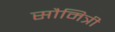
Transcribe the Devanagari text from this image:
सौमित्री